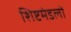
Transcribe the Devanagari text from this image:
शिष्टमंडलों